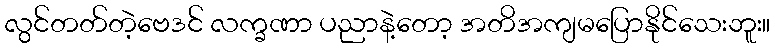
လွင်တတ်တဲ့ဗေဒင် လက္ခဏာ ပညာနဲ့တော့ အတိအကျမပြောနိုင်သေးဘူး။